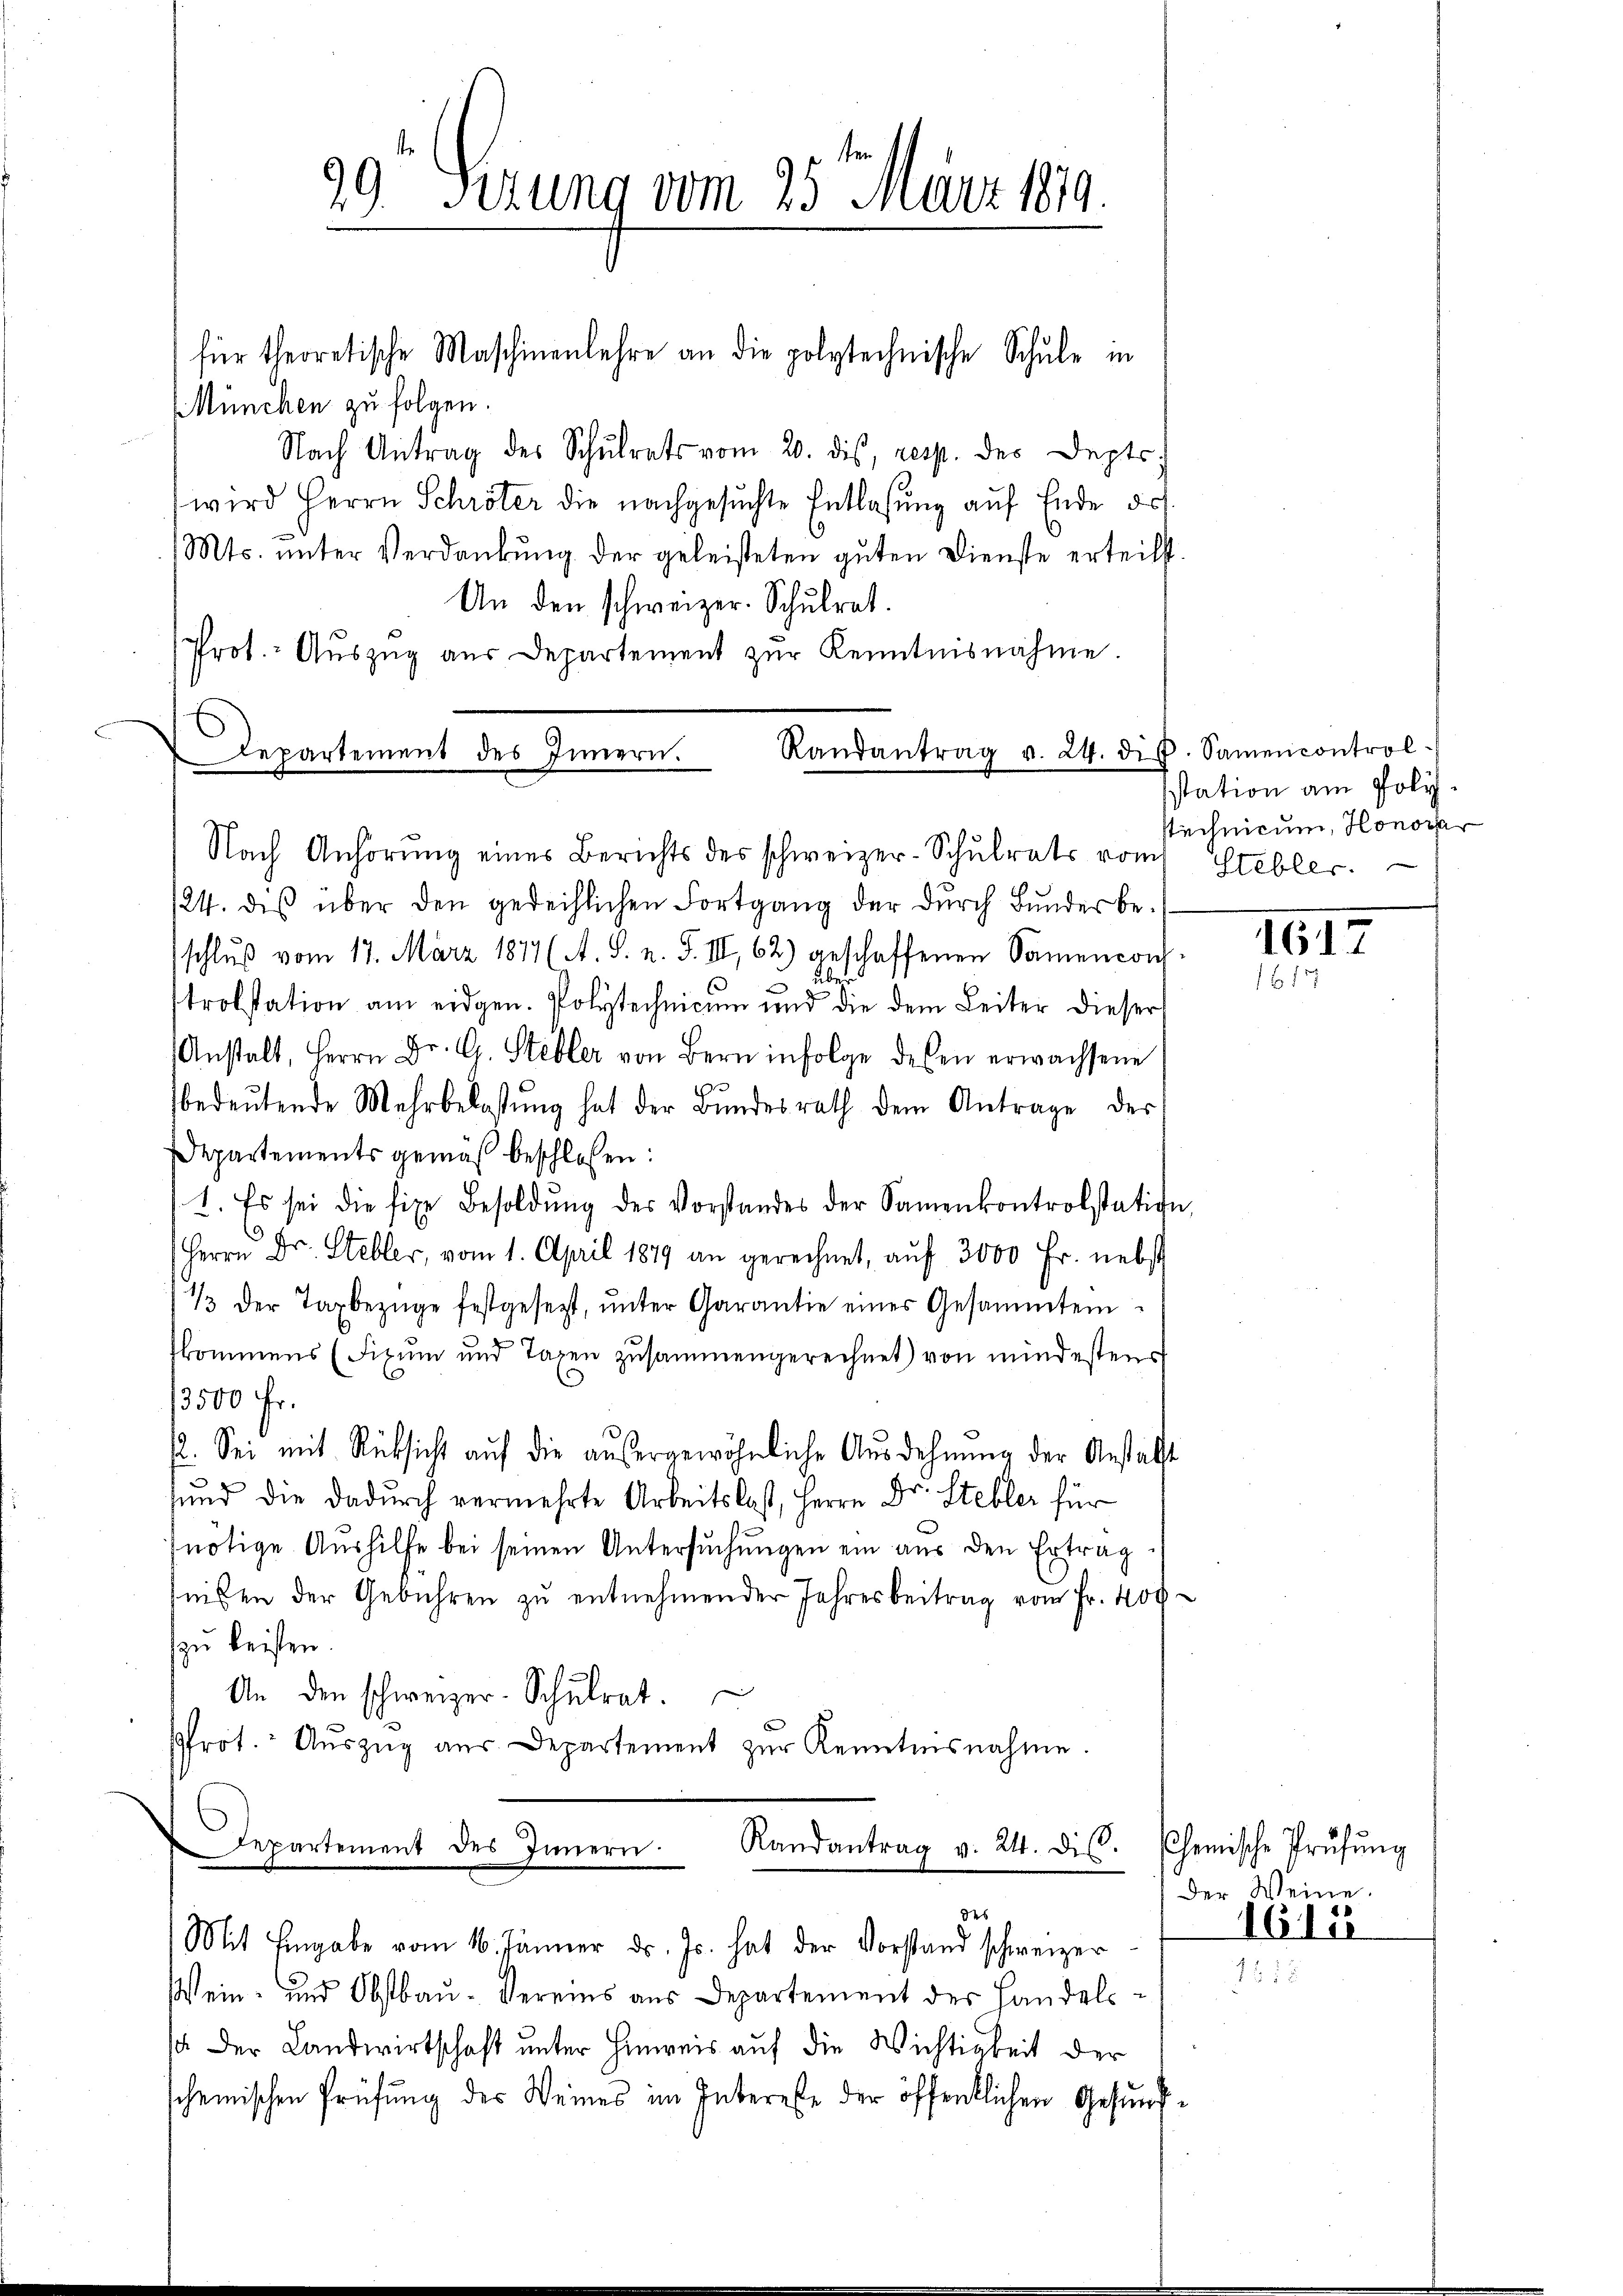
für theoretische Maschinenlehre an die polytechnische Schŭle in
München zu folgen.
Nach Antrag des Schŭlrats vom 20. dis, resp. des Depts
wird Herrn Schröter die nachgesuchte Entlassung auf Ende des
Mts. unter Verdankung der geleisteten guten Dienste erteilst.
An den schweizer. Schulrat.
Prot. Aŭszŭg aŭs Departement zŭr Kenntnisnahme.
Randantrag v. 24. die Samencontrol-
Departement des Innern.

99 sezung vom 25. März 1879.

Nach Anhörŭng eines Berichts des schweizer-Schŭlrats vom Stebler.

124. des über den gedeihlichen Fortgang der durch Bunder beschluß vom 17. März 1877 (A. S. n. F. III 62) geschaffenen Sammencon-
über
t
strolstation am eidgen. Polytechnicum und die dem Leiter dieser
(Anstalt, Herrn Dr. G. Steller von Bern infolge desen erwachsene
bedeŭtende Mehrbelassŭng hat der Bŭndesrath dem Antrage des
Departements gemäß beschlossen:
1. Es sei die fixe Besoldŭng der Vorstandes der Samenkontrolstation,
Herrn Dr. Steller, vom 1. April 1879 an gerechnet, aŭf 3000 Fr. nebst
1/3 der Taxbezüge festgesezt, ŭnter Garantie einer Gesammtei
fkommens (Fixum und Taxen zusammengerechnet) von mindesten
3500 Fr.
2. Sei mit Rücksicht aŭf die aŭsergewöhnliche Ausdehnung der Anstalst
sund die dadurch vermehrte Arbeitslast, Herrn Dr. Stebler für
nötige Aushilfe bei seinen Untersuchungen ein aus den Ertrag
nisten der Gebühren zŭ entnehmender Jahresbeitrag vom Fr. 400
zu leisten.
An den schweizer-Schulrat.
sfrot. Aŭszŭg aŭs Departement zŭr Kenntnisnahme.
Departement des Innern
Randantrag v. 24. ds. Chemische Prüfŭng

des
Mit Eingabe vom 16. Jänner d. Js. hat der Vorstand schweizer

Wein- und Obstbau. Vereins aus Departement der Handels-
c der Landwirtschaft unter Hinweis auf die Wichtigkeit der
scheinischen Prüfung des Weines im Intereste der öffentlichen Gesund¬

station am Polystechnicum, Honorar

1617
12

der Weine.
1615